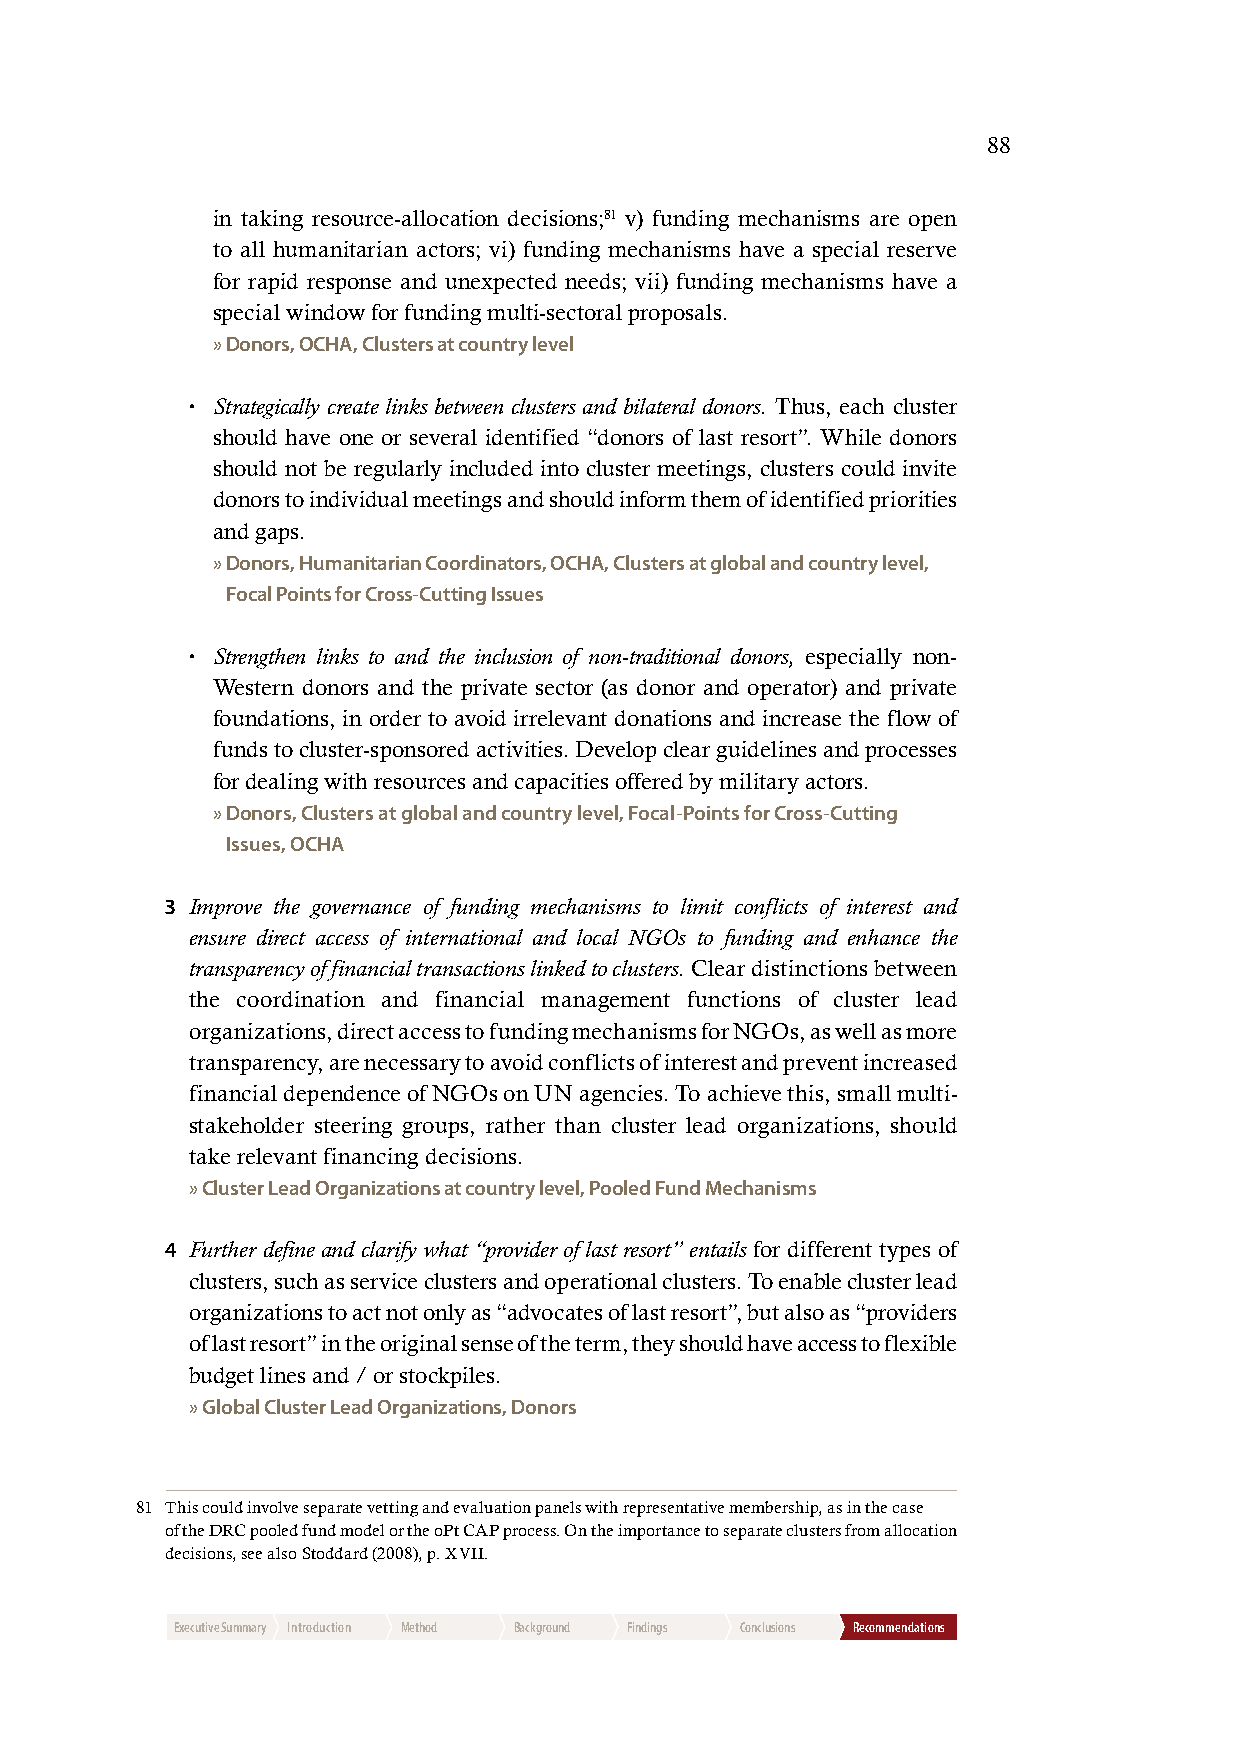
88
 in taking resource-allocation decisions;81 v) funding mechanisms are open
 to all humanitarian actors; vi) funding mechanisms have a special reserve
 for rapid response and unexpected needs; vii) funding mechanisms have a
 special window for funding multi-sectoral proposals.
 » D onors, OCHA, Clusters at country level
 • Strategically create links between clusters and bilateral donors. Thus, each cluster
 should have one or several identified “donors of last resort”. While donors
 should not be regularly included into cluster meetings, clusters could invite
 donors to individual meetings and should inform them of identified priorities
 and gaps.
 » D onors, Humanitarian Coordinators, OCHA, Clusters at global and country level,
 Focal Points for Cross-Cutting Issues
 • Strengthen links to and the inclusion of non-traditional donors, especially non-
 Western donors and the private sector (as donor and operator) and private
 foundations, in order to avoid irrelevant donations and increase the flow of
 funds to cluster-sponsored activities. Develop clear guidelines and processes
 for dealing with resources and capacities offered by military actors.
 » Donors, Clusters at global and country level, Focal-Points for Cross-Cutting
 Issues, OCHA
 3 Improve the governance of funding mechanisms to limit conflicts of interest and
 ensure direct access of international and local NGOs to funding and enhance the
 transparency of financial transactions linked to clusters. Clear distinctions between
 the coordination and financial management functions of cluster lead
 organizations, direct access to funding mechanisms for NGOs, as well as more
 transparency, are necessary to avoid conflicts of interest and prevent increased
 financial dependence of NGOs on UN agencies. To achieve this, small multi-
 stakeholder steering groups, rather than cluster lead organizations, should
 take relevant financing decisions.
 » C luster Lead Organizations at country level, Pooled Fund Mechanisms
 4 Further define and clarify what “provider of last resort” entails for different types of
 clusters, such as service clusters and operational clusters. To enable cluster lead
 organizations to act not only as “advocates of last resort”, but also as “providers
 of last resort” in the original sense of the term, they should have access to flexible
 budget lines and / or stockpiles.
 » G lobal Cluster Lead Organizations, Donors
 81 This could involve separate vetting and evaluation panels with representative membership, as in the case
 of the DRC pooled fund model or the oPt CAP process. On the importance to separate clusters from allocation
 decisions, see also Stoddard (2008), p. XVII.
 Executive Summary Introduction Method Background Findings Conclusions Recommendations